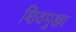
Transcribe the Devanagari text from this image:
शिवमुख्य